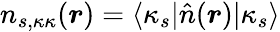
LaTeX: n_{s,\kappa\kappa}(\boldsymbol{r})=\langle\kappa_{s}|\hat{n}(\boldsymbol{r})|\kappa_{s}\rangle